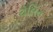
રોલિન